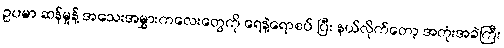
ဥပမာ ဆန်မှုန့် အသေးအမွှားကလေးတွေကို ရေနဲ့ရောစပ် ပြီး နယ်လိုက်တော့ အတုံးအခဲကြီး